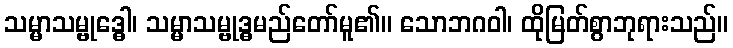
သမ္မာသမ္ဗုဒ္ဓေါ၊ သမ္မာသမ္ဗုဒ္ဓမည်တော်မူ၏။ သောဘဂဝါ၊ ထိုမြတ်စွာဘုရားသည်။